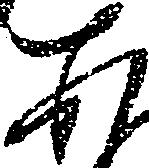
あ